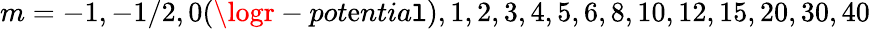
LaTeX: m=-1,-1/2,0(\logr-pot\mathrm{e}ntia\mathtt{l}),1,2,3,4,5,6,8,10,12,15,20,30,40